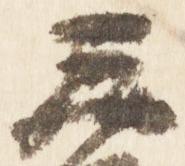
三